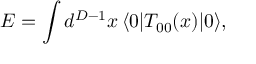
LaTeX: E = \int d ^ { D - 1 } x \, \langle 0 | T _ { 0 0 } ( x ) | 0 \rangle ,